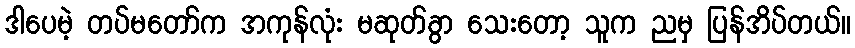
ဒါပေမဲ့ တပ်မတော်က အကုန်လုံး မဆုတ်ခွာ သေးတော့ သူက ညမှ ပြန်အိပ်တယ်။